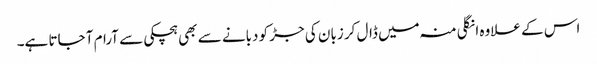
اس کے علاوہ انگلی منہ میں ڈال کر زبان کی جڑ کو دبانے سے بھی ہچکی سے آرام آ جاتا ہے۔